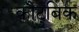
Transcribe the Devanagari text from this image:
कौटुबिक